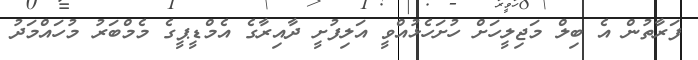
ފަރާތުން އެ ބިލް މަޖިލީހަށް ހުށަހެޅުއްވީ އަލިފުށީ ދާއިރާގެ އެމްޑީޕީގެ މެމްބަރު މުހައްމަދު